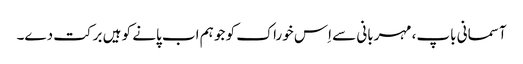
آسمانی باپ، مہربانی سے اِس خوراک کو جو ہم اب پانے کو ہیں برکت دے۔